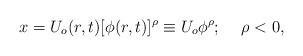
LaTeX: \begin{align*}x=U_o(r,t)[\phi(r,t)]^\rho\equiv U_o\phi^\rho;\hspace*{5mm}\rho<0,\end{align*}